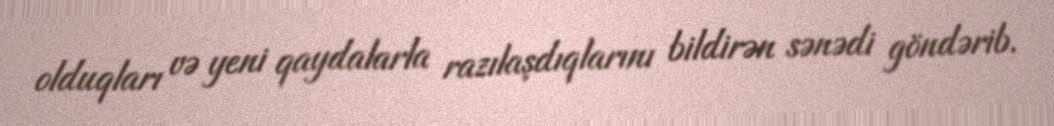
olduqları və yeni qaydalarla razılaşdıqlarını bildirən sənədi göndərib.